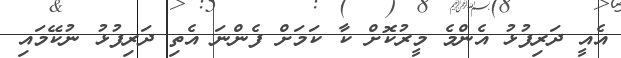
އެއީ ދަރިފުޅު އެންމެ މީރުކޮށް ކާ ކަމަށް ފެންނަ އެތި ދަރިފުޅު ނުކޭމައި